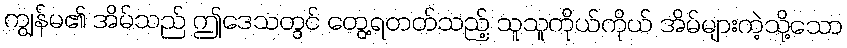
ကျွန်မ၏ အိမ်သည် ဤဒေသတွင် တွေ့ရတတ်သည့် သူသူကိုယ်ကိုယ် အိမ်များကဲ့သို့သော